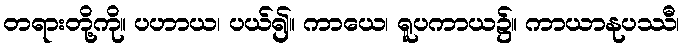
တရားတို့ကို။ ပဟာယ၊ ပယ်၍။ ကာယေ၊ ရူပကာယ၌။ ကာယာနုပဿီ၊